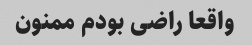
واقعا راضی بودم ممنون